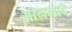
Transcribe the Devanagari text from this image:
आनन्प्रद